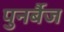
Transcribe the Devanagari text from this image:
पुनर्बैज